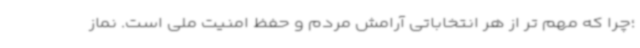
؛چرا که مهم تر از هر انتخاباتی آرامش مردم و حفظ امنیت ملی است. نماز